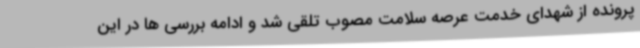
پرونده از شهدای خدمت عرصه سلامت مصوب تلقی شد و ادامه بررسی ها در این